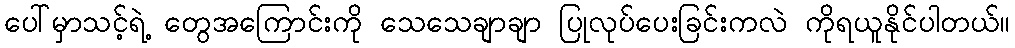
ပေါ်မှာသင့်ရဲ့ တွေအကြောင်းကို သေသေချာချာ ပြုလုပ်ပေးခြင်းကလဲ ကိုရယူနိုင်ပါတယ်။